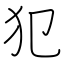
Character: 犯